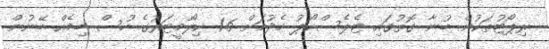
ރިޕޯޓުތަކުން ބުނާ ގޮތުގައި ޓެލެސްކޯޕު ހެދުމަށް 1.6 ކިލޯމީޓަރުގެ ހުސް ބިމެއް ބޭނުން